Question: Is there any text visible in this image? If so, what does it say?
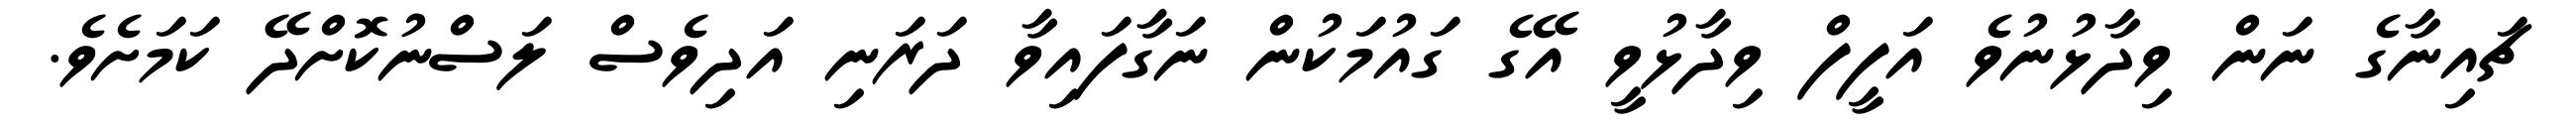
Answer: ޗައިނާގެ ނަން ވިދާޅުނުވެ އަފީފް ވިދާޅުވީ އޭގެ ގައުމަކުން ނަގާފައިވާ ދަރަނި އަދިވެސް ލަސްނުކޮށްދޭ ކަމަށެވެ.